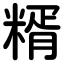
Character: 糈